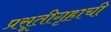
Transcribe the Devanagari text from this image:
प्रसूतीगृहाची